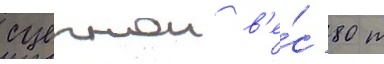
сцепнои в'е́с 80 т